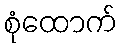
စုံထောက်